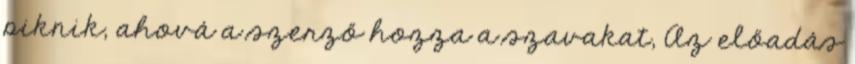
piknik, ahová a szerző hozza a szavakat, Az előadás